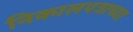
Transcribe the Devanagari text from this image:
निकालपत्राच्या